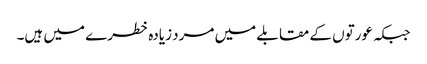
جبکہ عورتوں کے مقابلے میں مرد زیادہ خطرے میں ہیں۔